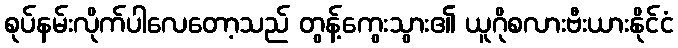
စုပ်နမ်းလိုက်ပါလေတော့သည် တွန့်ကွေးသွား၏ ယူဂိုစလားဗီးယားနိုင်ငံ